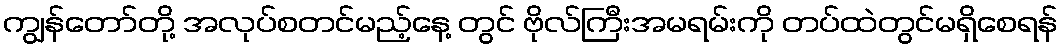
ကျွန်တော်တို့ အလုပ်စတင်မည့်နေ့ တွင် ဗိုလ်ကြီးအမရမ်းကို တပ်ထဲတွင်မရှိစေရန်